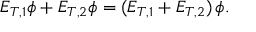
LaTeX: E _ { T , 1 } \phi + E _ { T , 2 } \phi = ( E _ { T , 1 } + E _ { T , 2 } ) \, \phi .